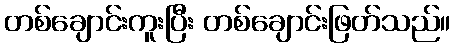
တစ်ချောင်းကူးပြီး တစ်ချောင်းဖြတ်သည်။